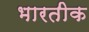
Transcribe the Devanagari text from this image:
भारतीक